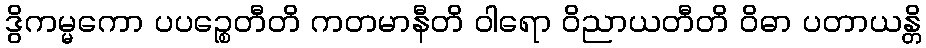
ဒွိကမ္မကော ပပဉ္စေတီတိ ကတမာနီတိ ဝါရော ဝိညာယတီတိ ဝိဓာ ပတာယန္တိ